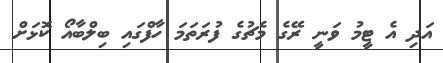
އަދި އެ ޓީމު ވަނީ ރޭގެ މެޗުގެ ފުރަތަމަ ހާފްގައި ބިލްބާއޯ ކޮޅަށް